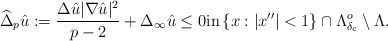
\begin{align*}\widehat\Delta_p\hat u := \frac{\Delta \hat u |\nabla \hat u|^2}{p - 2} + \Delta_{\infty}\hat u \leq 0 \textrm{in} \left\{ x : |x''| < 1\right\} \cap \Lambda^o_{\delta_c}\setminus \Lambda.\end{align*}